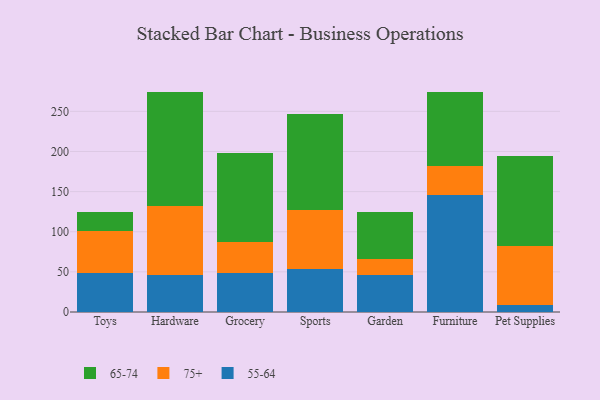
{"axis": {"x": "Category", "y": "Customer Acquisition Cost (USD)"}, "legend": ["55-64", "65-74", "75+"], "data": [{"x": "Toys", "y": 49.2, "type": "55-64"}, {"x": "Toys", "y": 51.2, "type": "75+"}, {"x": "Toys", "y": 23.8, "type": "65-74"}, {"x": "Hardware", "y": 46.3, "type": "55-64"}, {"x": "Hardware", "y": 85.8, "type": "75+"}, {"x": "Hardware", "y": 141.7, "type": "65-74"}, {"x": "Grocery", "y": 48.5, "type": "55-64"}, {"x": "Grocery", "y": 38.2, "type": "75+"}, {"x": "Grocery", "y": 111.6, "type": "65-74"}, {"x": "Sports", "y": 53.9, "type": "55-64"}, {"x": "Sports", "y": 73.0, "type": "75+"}, {"x": "Sports", "y": 119.9, "type": "65-74"}, {"x": "Garden", "y": 46.5, "type": "55-64"}, {"x": "Garden", "y": 19.6, "type": "75+"}, {"x": "Garden", "y": 58.5, "type": "65-74"}, {"x": "Furniture", "y": 146.4, "type": "55-64"}, {"x": "Furniture", "y": 35.4, "type": "75+"}, {"x": "Furniture", "y": 92.8, "type": "65-74"}, {"x": "Pet Supplies", "y": 9.2, "type": "55-64"}, {"x": "Pet Supplies", "y": 73.0, "type": "75+"}, {"x": "Pet Supplies", "y": 111.8, "type": "65-74"}]}